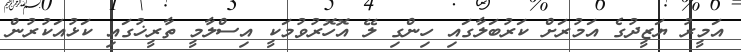
އަމީރު ޔަޒީދުގެ އަމުރަށް ކަރުބަލާގައި ހިންގި ލޭ އޮހޮރުވުމަކީ އިސްލާމީ ތާރީޚުގައި ކަޅުއަކުރުން